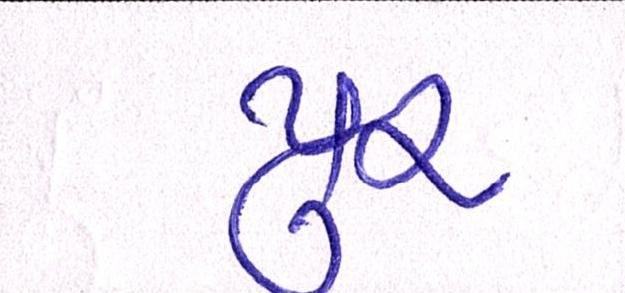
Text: પુર